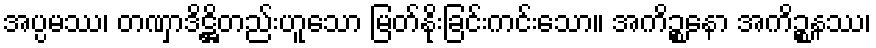
အပ္ပမဿ၊ တဏှာဒိဋ္ဌိတည်းဟူသော မြတ်နိုးခြင်းကင်းသော။ အကိဉ္စနော အကိဉ္စနဿ၊